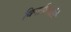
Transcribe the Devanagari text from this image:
विनाशिकांचे